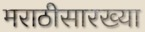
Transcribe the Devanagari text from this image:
मराठीसारख्या